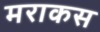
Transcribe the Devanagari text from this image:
मराकस